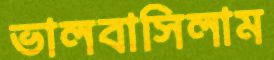
ভালবাসিলাম